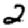
Digit: 2